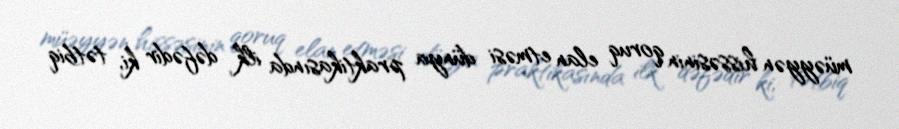
müəyyən hissəsinin qoruq elan etməsi dünya praktikasında ilk dəfədir ki, tətbiq